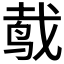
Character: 𱉧